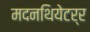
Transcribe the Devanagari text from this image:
मदनथियेटर्र